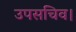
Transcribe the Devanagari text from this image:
उपसचिव।